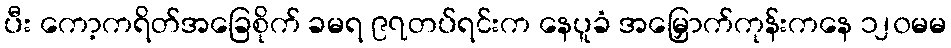
ပီး ကော့ကရိတ်အခြေစိုက် ခမရ ၉၇တပ်ရင်းက နေပူခံ အမြှောက်ကုန်းကနေ ၁၂၀မမ